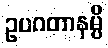
ဥပဂတာနမ္ပိ